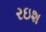
રઇશ